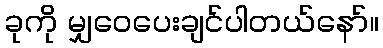
ခုကို မျှဝေပေးချင်ပါတယ်နော်။